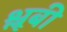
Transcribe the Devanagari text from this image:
श्लूबी